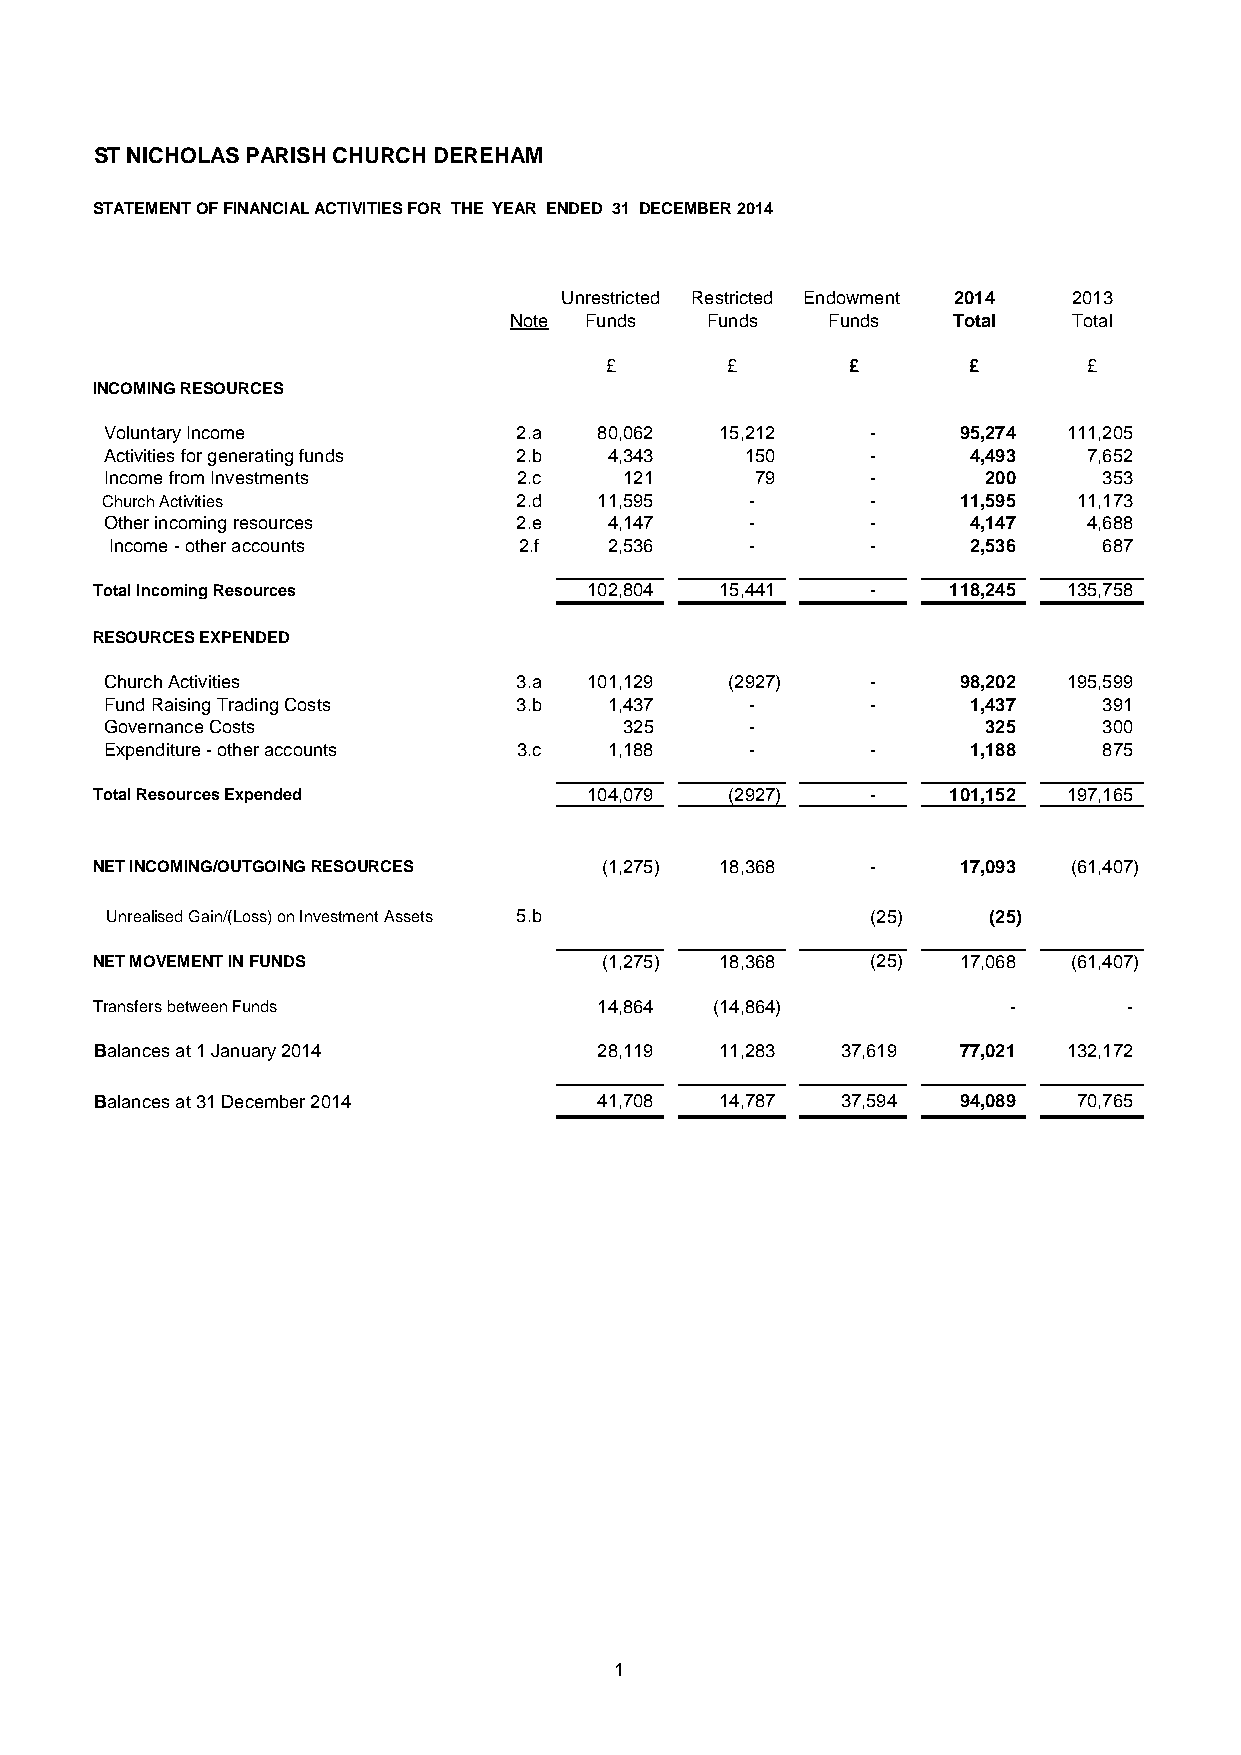
ST NICHOLAS PARISH CHURCH DEREHAM
 STATEMENT OF FINANCIAL ACTIVITIES FOR THE YEAR ENDED 31 DECEMBER 2014
 Unrestricted Restricted Endowment 2014 2013
 Note Funds   Funds   Funds   Total   Total
 £       £       £       £       £
 INCOMING RESOURCES
 Voluntary Income           2.a   80,062  15,212    -    95,274  111,205
 Activities for generating funds 2.b 4,343 150      -     4,493   7,652
 Income from Investments    2.c    121      79      -      200     353
 Church Activities          2.d   11,595    -       -    11,595  11,173
 Other incoming resources   2.e   4,147     -       -     4,147   4,688
 Income - other accounts    2.f   2,536     -       -     2,536    687
 Total Incoming Resources         102,804  15,441    -    118,245 135,758
 RESOURCES EXPENDED
 Church Activities          3.a  101,129  (2927)    -    98,202  195,599
 Fund Raising Trading Costs 3.b   1,437     -       -     1,437    391
 Governance Costs                  325      -              325     300
 Expenditure - other accounts 3.c 1,188     -       -     1,188    875
 Total Resources Expended         104,079  (2927)    -    101,152 197,165
 NET INCOMING/OUTGOING RESOURCES   (1,275) 18,368    -    17,093  (61,407)
 Unrealised Gain/(Loss) on Investment Assets 5.b    (25)   (25)
 NET MOVEMENT IN FUNDS             (1,275) 18,368    (25) 17,068  (61,407)
 Transfers between Funds           14,864 (14,864)            -       -
 Balances at 1 January 2014        28,119  11,283  37,619 77,021  132,172
 Balances at 31 December 2014      41,708  14,787  37,594 94,089  70,765
 1